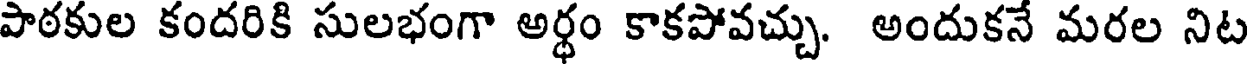
పాఠకుల కందరికి సులభంగా అర్ధం కాకపోవచ్చు. అందుకనే మరల నిట